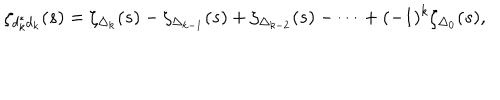
LaTeX: \zeta _ { d _ { k } ^ { * } d _ { k } } ( s ) = \zeta _ { \Delta _ { k } } ( s ) - \zeta _ { \Delta _ { k - 1 } } ( s ) + \zeta _ { \Delta _ { k - 2 } } ( s ) - \cdots + ( - 1 ) ^ { k } \zeta _ { \Delta _ { 0 } } ( s ) ,